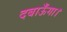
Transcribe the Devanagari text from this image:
दबाऊँगा।